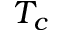
T _ { c }